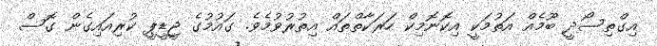
އިގްތިސޯދީ ބޫމެއް އަތުމަކީ އިކޮނޮމިކް ހަރަކާތްތައް އިތުރުވުމެވެ. ގައުމުގެ ޖީޑީޕީ ކުރިއައިގެން ގޮސް